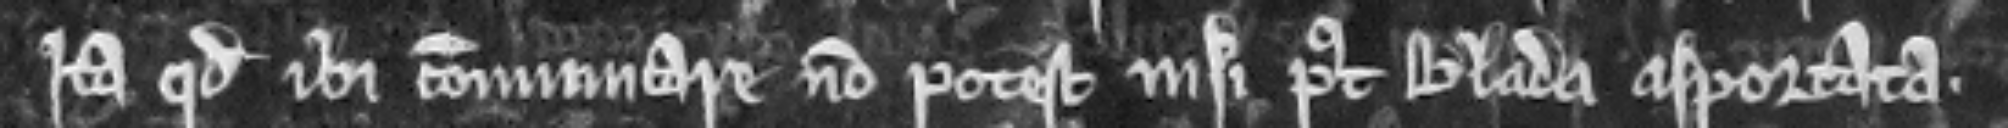
ita quod ibi communicare non potest nisi post blada asportata.